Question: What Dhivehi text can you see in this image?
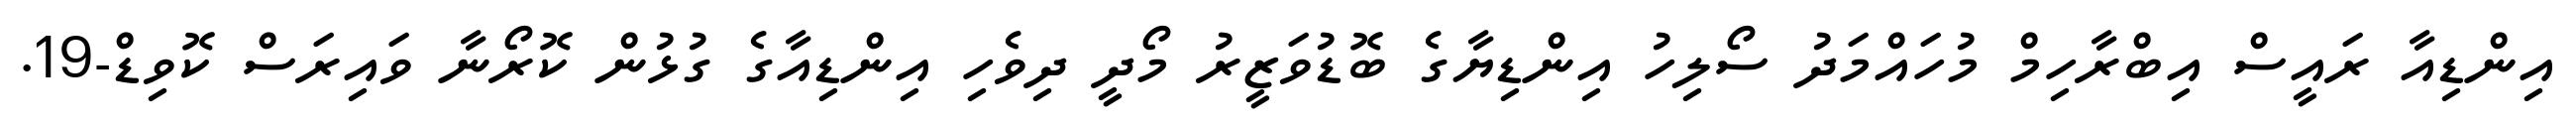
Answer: އިންޑިއާ ރައީސް އިބްރާހިމް މުހައްމަދު ސޯލިހު އިންޑިޔާގެ ބޮޑުވަޒީރު މޯދީ ދިވެހި އިންޑިއާގެ ގުޅުން ކޮރޯނާ ވައިރަސް ކޮވިޑް-19.